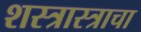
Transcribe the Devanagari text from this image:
शस्त्रास्त्राचा